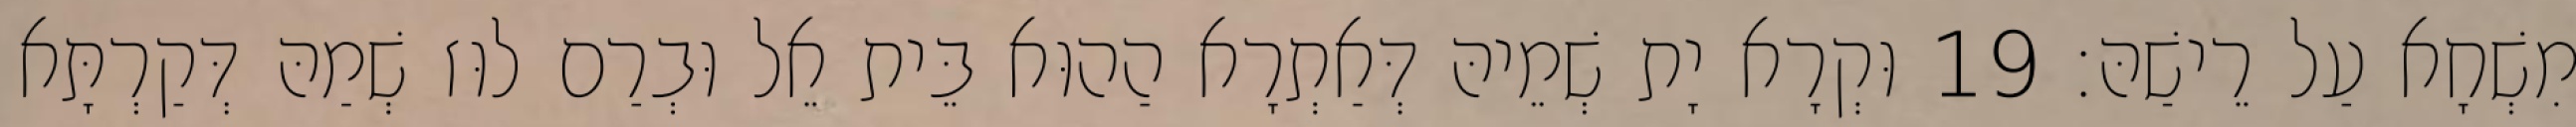
מִשְׁחָא עַל רֵישַׁהּ׃ 19 וּקְרָא יָת שְׁמֵיהּ דְּאַתְרָא הַהוּא בֵּית אֵל וּבְרַם לוּז שְׁמַהּ דְּקַרְתָּא